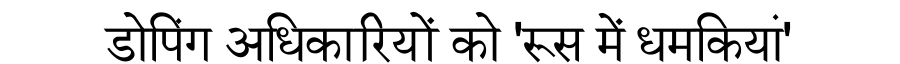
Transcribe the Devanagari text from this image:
डोपिंग अधिकारियों को 'रूस में धमकियां'